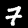
Label: 7